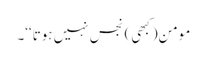
مومن(کبھی) نجس نہیں ہوتا‘‘۔